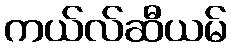
ကယ်လ်ဆီယမ်